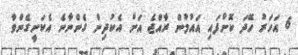
6 އަހަރު ހޭދަ ކޮށްފައި އައުމުން ރާއްޖެ އަށް އެކުދިން ގެންނާނެ އެކަށީގެންވާ